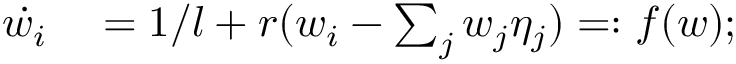
\begin{array} { r l } { \dot { w _ { i } } } & { { } = 1 / l + r ( w _ { i } - \sum _ { j } w _ { j } \eta _ { j } ) = : f ( w ) ; } \end{array}